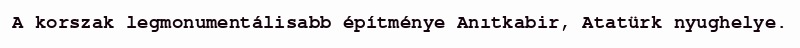
A korszak legmonumentálisabb építménye Anıtkabir, Atatürk nyughelye.